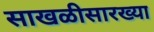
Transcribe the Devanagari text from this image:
साखळीसारख्या